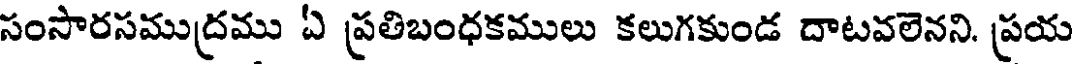
సంసారసముద్రము ఏ ప్రతిబంధకములు కలుగకుండ దాటవలెనని. ప్రయ